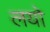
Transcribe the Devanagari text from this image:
लयो